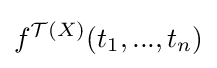
f^{{\mathcal {T}}(X)}(t_{1},...,t_{n})